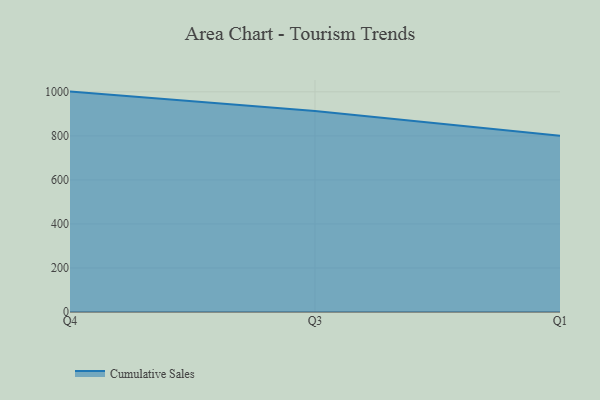
{"axis": {"x": "Quarter", "y": "Conversion Rate (%)"}, "legend": ["Cumulative Sales"], "data": [{"x": "Q4", "y": 1001.1, "type": "Cumulative Sales"}, {"x": "Q3", "y": 913.3, "type": "Cumulative Sales"}, {"x": "Q1", "y": 800, "type": "Cumulative Sales"}]}